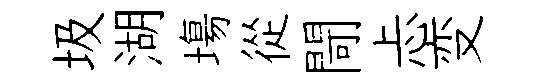
圾湖塲從閜忐变